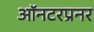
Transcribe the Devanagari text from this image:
ऑनटरप्रनर